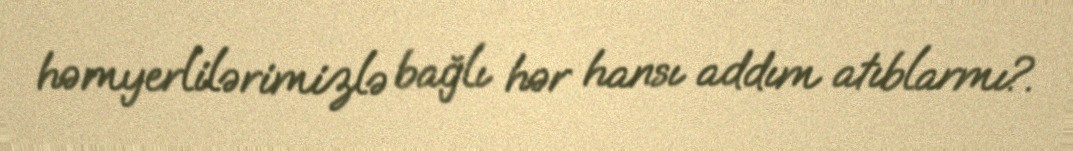
həmyerlilərimizlə bağlı hər hansı addım atıblarmı?.